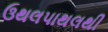
ઉથલપાથલથી